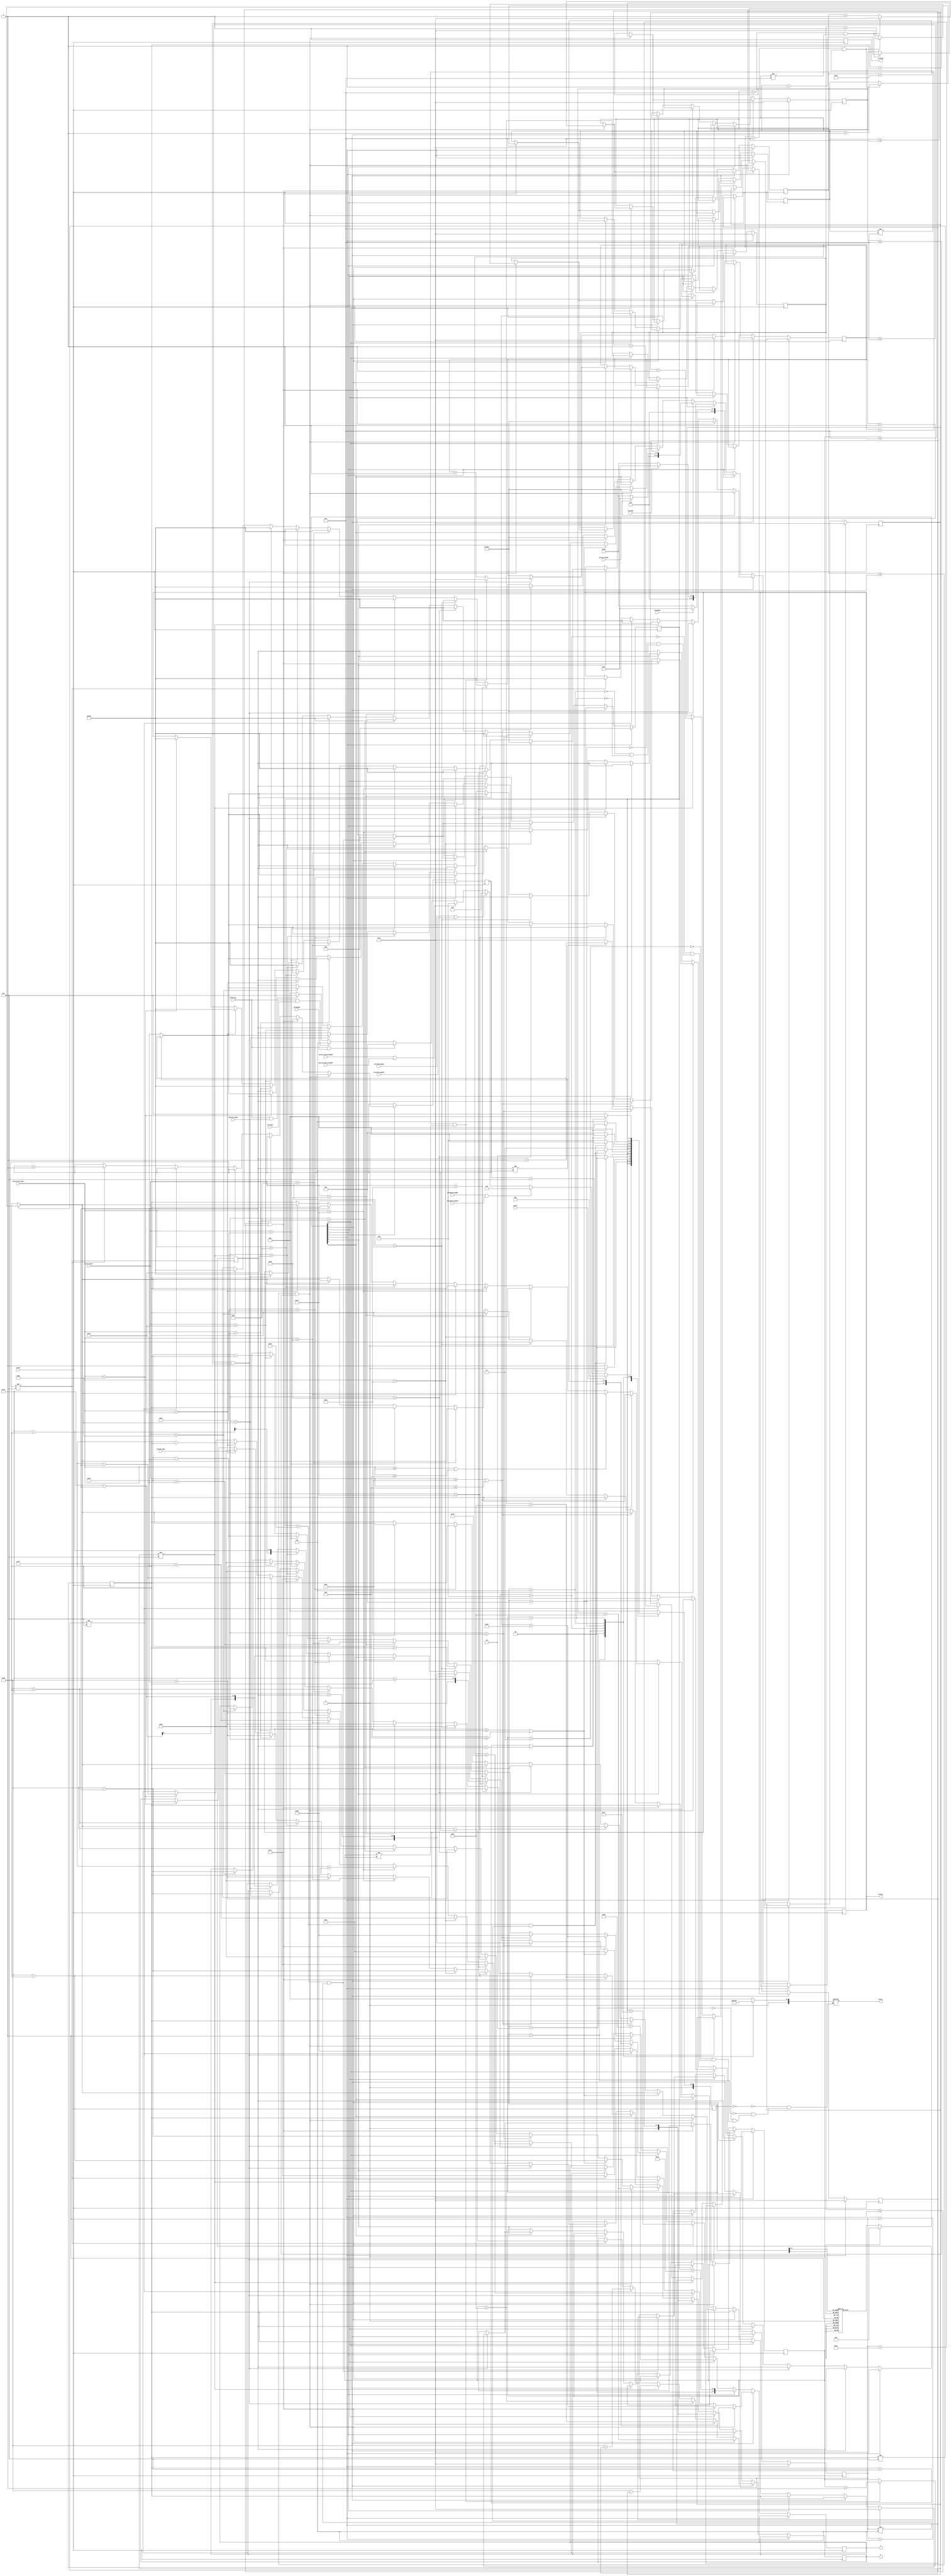
module vga_plot (
	// Inputs
	Clock,
	Reset,
	VolumeOn,
	PitchOn,
	DistortionOn,
	VolumeTurnedOn,
	PitchTurnedOn,
	DistortionTurnedOn,
	VolumeTurnedOff,
	PitchTurnedOff,
	DistortionTurnedOff,
	VolumeGo,
	PitchGo,
	DistortionGo,
	EffectGo, 
	volume_data,
	pitch_data,
	distortion_data,
	
	//Outputs
	colour,
	x,
	y,
	writeEn,
	state
);

/*****************************************************************************
 *                           Parameter Declarations                          *
 *****************************************************************************/

parameter 	S_IDLE 				= 4'd0,
				S_RESET				= 4'd1,
				S_VOLUME_BOX 		= 4'd2,
				S_PITCH_BOX 		= 4'd3,
				S_DISTORTION_BOX 	= 4'd4,
				S_DRAW_VOLUME 		= 4'd5,
				S_DRAW_PITCH		= 4'd6,
				S_DRAW_DISTORTION	= 4'd7;

/*****************************************************************************
 *                             Port Declarations                             *
 *****************************************************************************/

// Inputs
input 		Clock;
input 		Reset;
input 		VolumeOn;
input			PitchOn;
input 		DistortionOn;
input 		VolumeTurnedOn;
input 		PitchTurnedOn;
input 		DistortionTurnedOn;
input 		VolumeTurnedOff;
input 		PitchTurnedOff;
input			DistortionTurnedOff;
input 		VolumeGo;
input 		PitchGo;
input 		DistortionGo;
input 		EffectGo;
input [6:0]	volume_data;
input [6:0] pitch_data;
input [6:0] distortion_data;

// Outputs
output reg [11:0] colour;
output reg  [7:0] x;
output reg 	[6:0] y;
output reg			writeEn;
output reg 	[3:0] state;

/*****************************************************************************
 *                 Internal Wires and Registers Declarations                 *
 *****************************************************************************/

// Internal Registers
reg		[3:0] current_state;
reg		[3:0] next_state;
reg 			 	Idle;
reg				Resetting;
reg 				DrawVolumeBox;
reg				DrawPitchBox;
reg				DrawDistortionBox;
reg				DrawVolumeLine;
reg				DrawPitchLine;
reg				DrawDistortionLine;
reg 		[4:0] loopX;
reg 		[3:0] loopY;
reg		[3:0]	loop1;
reg		[3:0] loop2;
reg		[3:0] loop3;
reg		[3:0] loopS;
reg		[3:0] loopD;
reg		[3:0] loopEraseX1;
reg		[3:0] loopEraseY1;
reg		[3:0] loopEraseX2;
reg		[3:0] loopEraseY2;
reg		[3:0] loopEraseX3;
reg		[3:0] loopEraseY3;






/*****************************************************************************
 *                             Sequential Logic                              *
 *****************************************************************************/

always @(*)
begin
	case (current_state)
		S_IDLE: begin
			state = 4'd0;
			if (Reset) begin
				next_state = S_RESET;
			end else if (VolumeTurnedOn || VolumeTurnedOff) begin	
				next_state = S_VOLUME_BOX;
			end else if (PitchTurnedOn || PitchTurnedOff) begin 	
				next_state = S_PITCH_BOX;
			end else if (DistortionTurnedOn || DistortionTurnedOff) begin	
				next_state = S_DISTORTION_BOX;
			end else if (EffectGo && VolumeGo) begin
				next_state = S_DRAW_VOLUME;
			end else if (EffectGo && PitchGo) begin
				next_state = S_DRAW_PITCH;
			end else if (EffectGo && DistortionGo) begin
				next_state = S_DRAW_DISTORTION;
			end else begin
				next_state = S_IDLE;
			end
		end
		S_RESET: begin
			state = 4'd1;
			if (loop3 == 3'd7) begin
				next_state = S_IDLE;
			end else begin
				next_state = S_RESET;
			end
		end
		S_VOLUME_BOX: begin
			state = 4'd2;
			if (loopX == 16 && loopY == 3'd6) begin
				next_state = S_IDLE;
			end else begin
				next_state = S_VOLUME_BOX;
			end
		end
		S_PITCH_BOX: begin
			state = 4'd3;
			if (loopX == 16 && loopY == 3'd6) begin
				next_state = S_IDLE;
			end else begin
				next_state = S_PITCH_BOX;
			end
		end
		S_DISTORTION_BOX: begin
			state = 4'd4;
			if (loopX == 16 && loopY == 3'd6) begin
				next_state = S_IDLE;
			end else begin
				next_state = S_DISTORTION_BOX;
			end
		end
		S_DRAW_VOLUME: begin
			state = 4'd5;
			if (loopS == 3'd7 || loopD == 3'd6) begin
				next_state = S_IDLE;
			end else begin
				next_state = S_DRAW_VOLUME;
			end
		end
		S_DRAW_PITCH: begin
			state = 4'd6;
			if (loopS == 3'd7 || loopD == 3'd6) begin
				next_state = S_IDLE;
			end else begin
				next_state = S_DRAW_PITCH;
			end
		end
		S_DRAW_DISTORTION: begin
			state = 4'd7;
			if (loopS == 3'd7 || loopD == 3'd6) begin
				next_state = S_IDLE;
			end else begin
				next_state = S_DRAW_DISTORTION;
			end
		end
		default: next_state = S_IDLE;
	endcase
end

// Control signals
always @(*)
begin
	Idle = 1'b0;
	Resetting = 1'b0;
	DrawVolumeBox = 1'b0;
	DrawPitchBox = 1'b0;
	DrawDistortionBox = 1'b0;
	DrawVolumeLine = 1'b0;
	DrawPitchLine = 1'b0;
	DrawDistortionLine = 1'b0;
	case (current_state)
		S_IDLE: begin Idle = 1'b1; end
		S_RESET: begin Resetting = 1'b1; end
		S_VOLUME_BOX: begin DrawVolumeBox = 1'b1; end
		S_PITCH_BOX: begin DrawPitchBox = 1'b1; end
		S_DISTORTION_BOX: begin DrawDistortionBox = 1'b1; end
		S_DRAW_VOLUME: begin DrawVolumeLine = 1'b1; end
		S_DRAW_PITCH: begin DrawPitchLine = 1'b1; end
		S_DRAW_DISTORTION: begin DrawDistortionLine = 1'b1; end
	endcase
end
		
always @(posedge Clock)
begin
	current_state <= next_state; 
end
		
always @(posedge Clock)
begin

	writeEn = 1'b0;
	
	if (Idle) begin
		loopX <= 5'd0;
		loopY <= 4'd0;
		loop1 <= 4'd0;
		loop2 <= 4'd0;
		loop3 <= 4'd0;
		loopS <= 4'd0;
		loopD <= 4'd0;
		loopEraseX1 <= 4'd0;
		loopEraseY1 <= 4'd0;
		loopEraseX2 <= 4'd0;
		loopEraseY2 <= 4'd0;
		loopEraseX3 <= 4'd0;
		loopEraseY3 <= 4'd0;
	end
	
	else if (Resetting) begin
		if ((loopEraseX1 <= 4'd14) && (loopEraseY1 <= 4'd14)) begin
			if ((loopEraseX1 == 4'd14) && (loopEraseY1 != 4'd14)) begin
				loopEraseX1 <= 4'd0;
				loopEraseY1 <= loopEraseY1 + 1'b1;
			end else begin loopEraseX1 <= loopEraseX1 + 1'b1; end
			x[7:0] <= loopEraseX1 + 5'd26;
			y[6:0] <= loopEraseY1 + 6'd44;
			colour <= 12'h222;
		end else if ((loopEraseX2 <= 4'd14) && (loopEraseY2 <= 4'd14)) begin
			if ((loopEraseX2 == 4'd14) && (loopEraseY2 != 4'd14)) begin
				loopEraseX2 <= 4'd0;
				loopEraseY2 <= loopEraseY2 + 1'b1;
			end else begin loopEraseX2 <= loopEraseX2 + 1'b1; end
			x[7:0] <= loopEraseX2 + 7'd73;
			y[6:0] <= loopEraseY2 + 6'd44;
			colour <= 12'h222;
		end else if ((loopEraseX3 <= 4'd14) && (loopEraseY3 <= 4'd14)) begin
			if ((loopEraseX3 == 4'd14) && (loopEraseY3 != 4'd14)) begin
				loopEraseX3 <= 4'd0;
				loopEraseY3 <= loopEraseY3 + 1'b1;
			end else begin loopEraseX3 <= loopEraseX3 + 1'b1; end
			x[7:0] <= loopEraseX3 + 7'd120;
			y[6:0] <= loopEraseY3 + 6'd44;
			colour <= 12'h222;
		end else	if (loop1 != 3'd7) begin
			x[7:0] <= 6'd33;
			y[6:0] <= 6'd51 - loop1;
			colour <= 12'hc38;
			loop1 <= loop1 + 1'b1;
		end else if (loop2 != 3'd7) begin
			x[7:0] <= 7'd80;
			y[6:0] <= 6'd51 - loop2;
			colour <= 12'hc38;
			loop2 <= loop2 + 1'b1;
		end else if (loop3 != 3'd7) begin
			x[7:0] <= 7'd127;
			y[6:0] <= 6'd51 - loop3;
			colour <= 12'hc38;
			loop3 <= loop3 + 1'b1;
		end
	end 
	
	else if (DrawVolumeBox) begin
		if (VolumeOn) begin colour <= 12'h2c3; end 
		else begin colour <= 12'h222; end
		if ((loopX == 5'd16) && (loopY != 3'd6)) begin
			loopX <= 4'd0;
			loopY <= loopY + 1'b1;
		end else begin loopX <= loopX + 1'b1; end
		x[7:0] <= loopX + 5'd25;
		y[6:0] <= loopY + 5'd21;
	end 
	
	else if (DrawPitchBox) begin
		if (PitchOn) begin colour <= 12'h2c3; end 
		else begin colour <= 12'h222; end
		if ((loopX == 5'd16) && (loopY != 3'd6)) begin
			loopX <= 4'd0;
			loopY <= loopY + 1'b1;
		end else begin loopX <= loopX + 1'b1; end
		x[7:0] <= loopX + 7'd72;
		y[6:0] <= loopY + 5'd21;
	end 
	
	else if (DrawDistortionBox) begin
		if (DistortionOn) begin colour <= 12'h2c3; end 
		else begin colour <= 12'h222; end
		if ((loopX == 5'd16) && (loopY != 3'd6)) begin
			loopX <= 4'd0;
			loopY <= loopY + 1'b1;
		end else begin loopX <= loopX + 1'b1; end
		x[7:0] <= loopX + 7'd119;
		y[6:0] <= loopY + 5'd21;
	end
	
	else if (DrawVolumeLine) begin
		if ((loopEraseX1 <= 4'd14) && (loopEraseY1 <= 4'd14)) begin
			if ((loopEraseX1 == 4'd14) && (loopEraseY1 != 4'd14)) begin
				loopEraseX1 <= 4'd0;
				loopEraseY1 <= loopEraseY1 + 1'b1;
			end else begin loopEraseX1 <= loopEraseX1 + 1'b1; end
			x[7:0] <= loopEraseX1 + 5'd26;
			y[6:0] <= loopEraseY1 + 6'd44;
			colour <= 12'h222;
		end else if (volume_data >= 7'd92 || volume_data <= 7'd8) begin
			x[7:0] <= 6'd33;
			y[6:0] <= 6'd51 - loopS;
			colour <= 12'hc38;
			if (loopS != 3'd7) begin loopS <= loopS + 1'b1; end
		end else if (volume_data < 7'd19) begin
			x[7:0] <= 6'd33 + loopD;
			y[6:0] <= 6'd51 - loopD;
			colour <= 12'hc38;
			if (loopD != 3'd6) begin loopD <= loopD + 1'b1; end
			else begin loopD <= 4'd0; end
		end else if (volume_data < 7'd31) begin
			x[7:0] <= 6'd33 + loopS;
			y[6:0] <= 6'd51;
			colour <= 12'hc38;
			if (loopS != 3'd7) begin loopS <= loopS + 1'b1; end
		end else if (volume_data < 7'd43) begin
			x[7:0] <= 6'd33 + loopD;
			y[6:0] <= 6'd51 + loopD;
			colour <= 12'hc38;
			if (loopD != 3'd6) begin loopD <= loopD + 1'b1; end
		end else if (volume_data < 7'd55) begin
			x[7:0] <= 6'd33;
			y[6:0] <= 6'd51 + loopS;
			colour <= 12'hc38;
			if (loopS != 3'd7) begin loopS <= loopS + 1'b1; end
		end else if (volume_data < 7'd67) begin
			x[7:0] <= 6'd33 - loopD;
			y[6:0] <= 6'd51 + loopD;
			colour <= 12'hc38;
			if (loopD != 3'd6) begin loopD <= loopD + 1'b1; end
		end else if (volume_data < 7'd79) begin
			x[7:0] <= 6'd33 - loopS;
			y[6:0] <= 6'd51;
			colour <= 12'hc38;
			if (loopS != 3'd7) begin loopS <= loopS + 1'b1; end
		end else if (volume_data < 7'd91) begin
			x[7:0] <= 6'd33 - loopD;
			y[6:0] <= 6'd51 - loopD;
			colour <= 12'hc38;
			if (loopD != 3'd6) begin loopD <= loopD + 1'b1; end
		end
	end
	
	else if (DrawPitchLine) begin
		if ((loopEraseX2 <= 4'd14) && (loopEraseY2 <= 4'd14)) begin
			if ((loopEraseX2 == 4'd14) && (loopEraseY2 != 4'd14)) begin
				loopEraseX2 <= 4'd0;
				loopEraseY2 <= loopEraseY2 + 1'b1;
			end else begin loopEraseX2 <= loopEraseX2 + 1'b1; end
			x[7:0] <= loopEraseX2 + 7'd73;
			y[6:0] <= loopEraseY2 + 6'd44;
			colour <= 12'h222;
		end else if (pitch_data >= 7'd92 || pitch_data <= 7'd8) begin
			x[7:0] <= 7'd80;
			y[6:0] <= 6'd51 - loopS;
			colour <= 12'hc38;
			if (loopS != 3'd7) begin loopS <= loopS + 1'b1; end
		end else if (pitch_data < 7'd19) begin
			x[7:0] <= 7'd80 + loopD;
			y[6:0] <= 6'd51 - loopD;
			colour <= 12'hc38;
			if (loopD != 3'd6) begin loopD <= loopD + 1'b1; end
		end else if (pitch_data < 7'd31) begin
			x[7:0] <= 7'd80 + loopS;
			y[6:0] <= 6'd51;
			colour <= 12'hc38;
			if (loopS != 3'd7) begin loopS <= loopS + 1'b1; end
		end else if (pitch_data < 7'd43) begin
			x[7:0] <= 7'd80 + loopD;
			y[6:0] <= 6'd51 + loopD;
			colour <= 12'hc38;
			if (loopD != 3'd6) begin loopD <= loopD + 1'b1; end
		end else if (pitch_data < 7'd55) begin
			x[7:0] <= 7'd80;
			y[6:0] <= 6'd51 + loopS;
			colour <= 12'hc38;
			if (loopS != 3'd7) begin loopS <= loopS + 1'b1; end
		end else if (pitch_data < 7'd67) begin
			x[7:0] <= 7'd80 - loopD;
			y[6:0] <= 6'd51 + loopD;
			colour <= 12'hc38;
			if (loopD != 3'd6) begin loopD <= loopD + 1'b1; end
		end else if (pitch_data < 7'd79) begin
			x[7:0] <= 7'd80 - loopS;
			y[6:0] <= 6'd51;
			colour <= 12'hc38;
			if (loopS != 3'd7) begin loopS <= loopS + 1'b1; end
		end else if (pitch_data < 7'd91) begin
			x[7:0] <= 7'd80 - loopD;
			y[6:0] <= 6'd51 - loopD;
			colour <= 12'hc38;
			if (loopD != 3'd6) begin loopD <= loopD + 1'b1; end
		end
	end
	
	else if (DrawDistortionLine) begin
		if ((loopEraseX3 <= 4'd14) && (loopEraseY3 <= 4'd14)) begin
			if ((loopEraseX3 == 4'd14) && (loopEraseY3 != 4'd14)) begin
				loopEraseX3 <= 4'd0;
				loopEraseY3 <= loopEraseY3 + 1'b1;
			end else begin loopEraseX3 <= loopEraseX3 + 1'b1; end
			x[7:0] <= loopEraseX3 + 7'd120;
			y[6:0] <= loopEraseY3 + 6'd44;
			colour <= 12'h222;
		end else if (distortion_data >= 7'd92 || distortion_data <= 7'd8) begin
			x[7:0] <= 7'd127;
			y[6:0] <= 6'd51 - loopS;
			colour <= 12'hc38;
			if (loopS != 3'd7) begin loopS <= loopS + 1'b1; end
		end else if (distortion_data < 7'd19) begin
			x[7:0] <= 7'd127 + loopD;
			y[6:0] <= 6'd51 - loopD;
			colour <= 12'hc38;
			if (loopD != 3'd6) begin loopD <= loopD + 1'b1; end
		end else if (distortion_data < 7'd31) begin
			x[7:0] <= 7'd127 + loopS;
			y[6:0] <= 6'd51;
			colour <= 12'hc38;
			if (loopS != 3'd7) begin loopS <= loopS + 1'b1; end
		end else if (distortion_data < 7'd43) begin
			x[7:0] <= 7'd127 + loopD;
			y[6:0] <= 6'd51 + loopD;
			colour <= 12'hc38;
			if (loopD != 3'd6) begin loopD <= loopD + 1'b1; end
		end else if (distortion_data < 7'd55) begin
			x[7:0] <= 7'd127;
			y[6:0] <= 6'd51 + loopS;
			colour <= 12'hc38;
			if (loopS != 3'd7) begin loopS <= loopS + 1'b1; end
		end else if (distortion_data < 7'd67) begin
			x[7:0] <= 7'd127 - loopD;
			y[6:0] <= 6'd51 + loopD;
			colour <= 12'hc38;
			if (loopD != 3'd6) begin loopD <= loopD + 1'b1; end
		end else if (distortion_data < 7'd79) begin
			x[7:0] <= 7'd127 - loopS;
			y[6:0] <= 6'd51;
			colour <= 12'hc38;
			if (loopS != 3'd7) begin loopS <= loopS + 1'b1; end
		end else if (distortion_data < 7'd91) begin
			x[7:0] <= 7'd127 - loopD;
			y[6:0] <= 6'd51 - loopD;
			colour <= 12'hc38;
			if (loopD != 3'd6) begin loopD <= loopD + 1'b1; end
		end
	end

	writeEn <= 1'b1;
	
end
	
endmodule